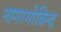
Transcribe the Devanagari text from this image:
नागरगोविन्द